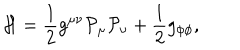
{ \cal H } = \frac { 1 } { 2 } g ^ { \mu \nu } { \cal P } _ { \mu } { \cal P } _ { \nu } + \frac { 1 } { 2 } g _ { \phi \phi } ,